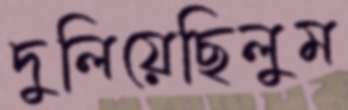
দুলিয়েছিলুম